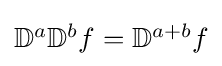
{\textstyle \mathbb {D} ^{a}\mathbb {D} ^{b}f=\mathbb {D} ^{a+b}f}